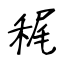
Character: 䅏